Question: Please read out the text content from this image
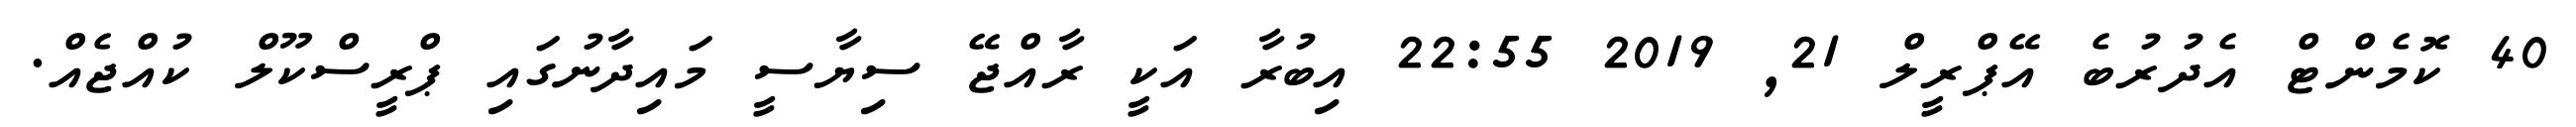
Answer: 40 ކޮމެންޓް އެދުރުބެ އޭޕްރީލް 21, 2019 22:55 އިބުރާ އަކީ ރާއްޖޭ ސިޔާސީ މައިދާނުގައި ޕްރީސްކޫލް ކުއްޖެއް.